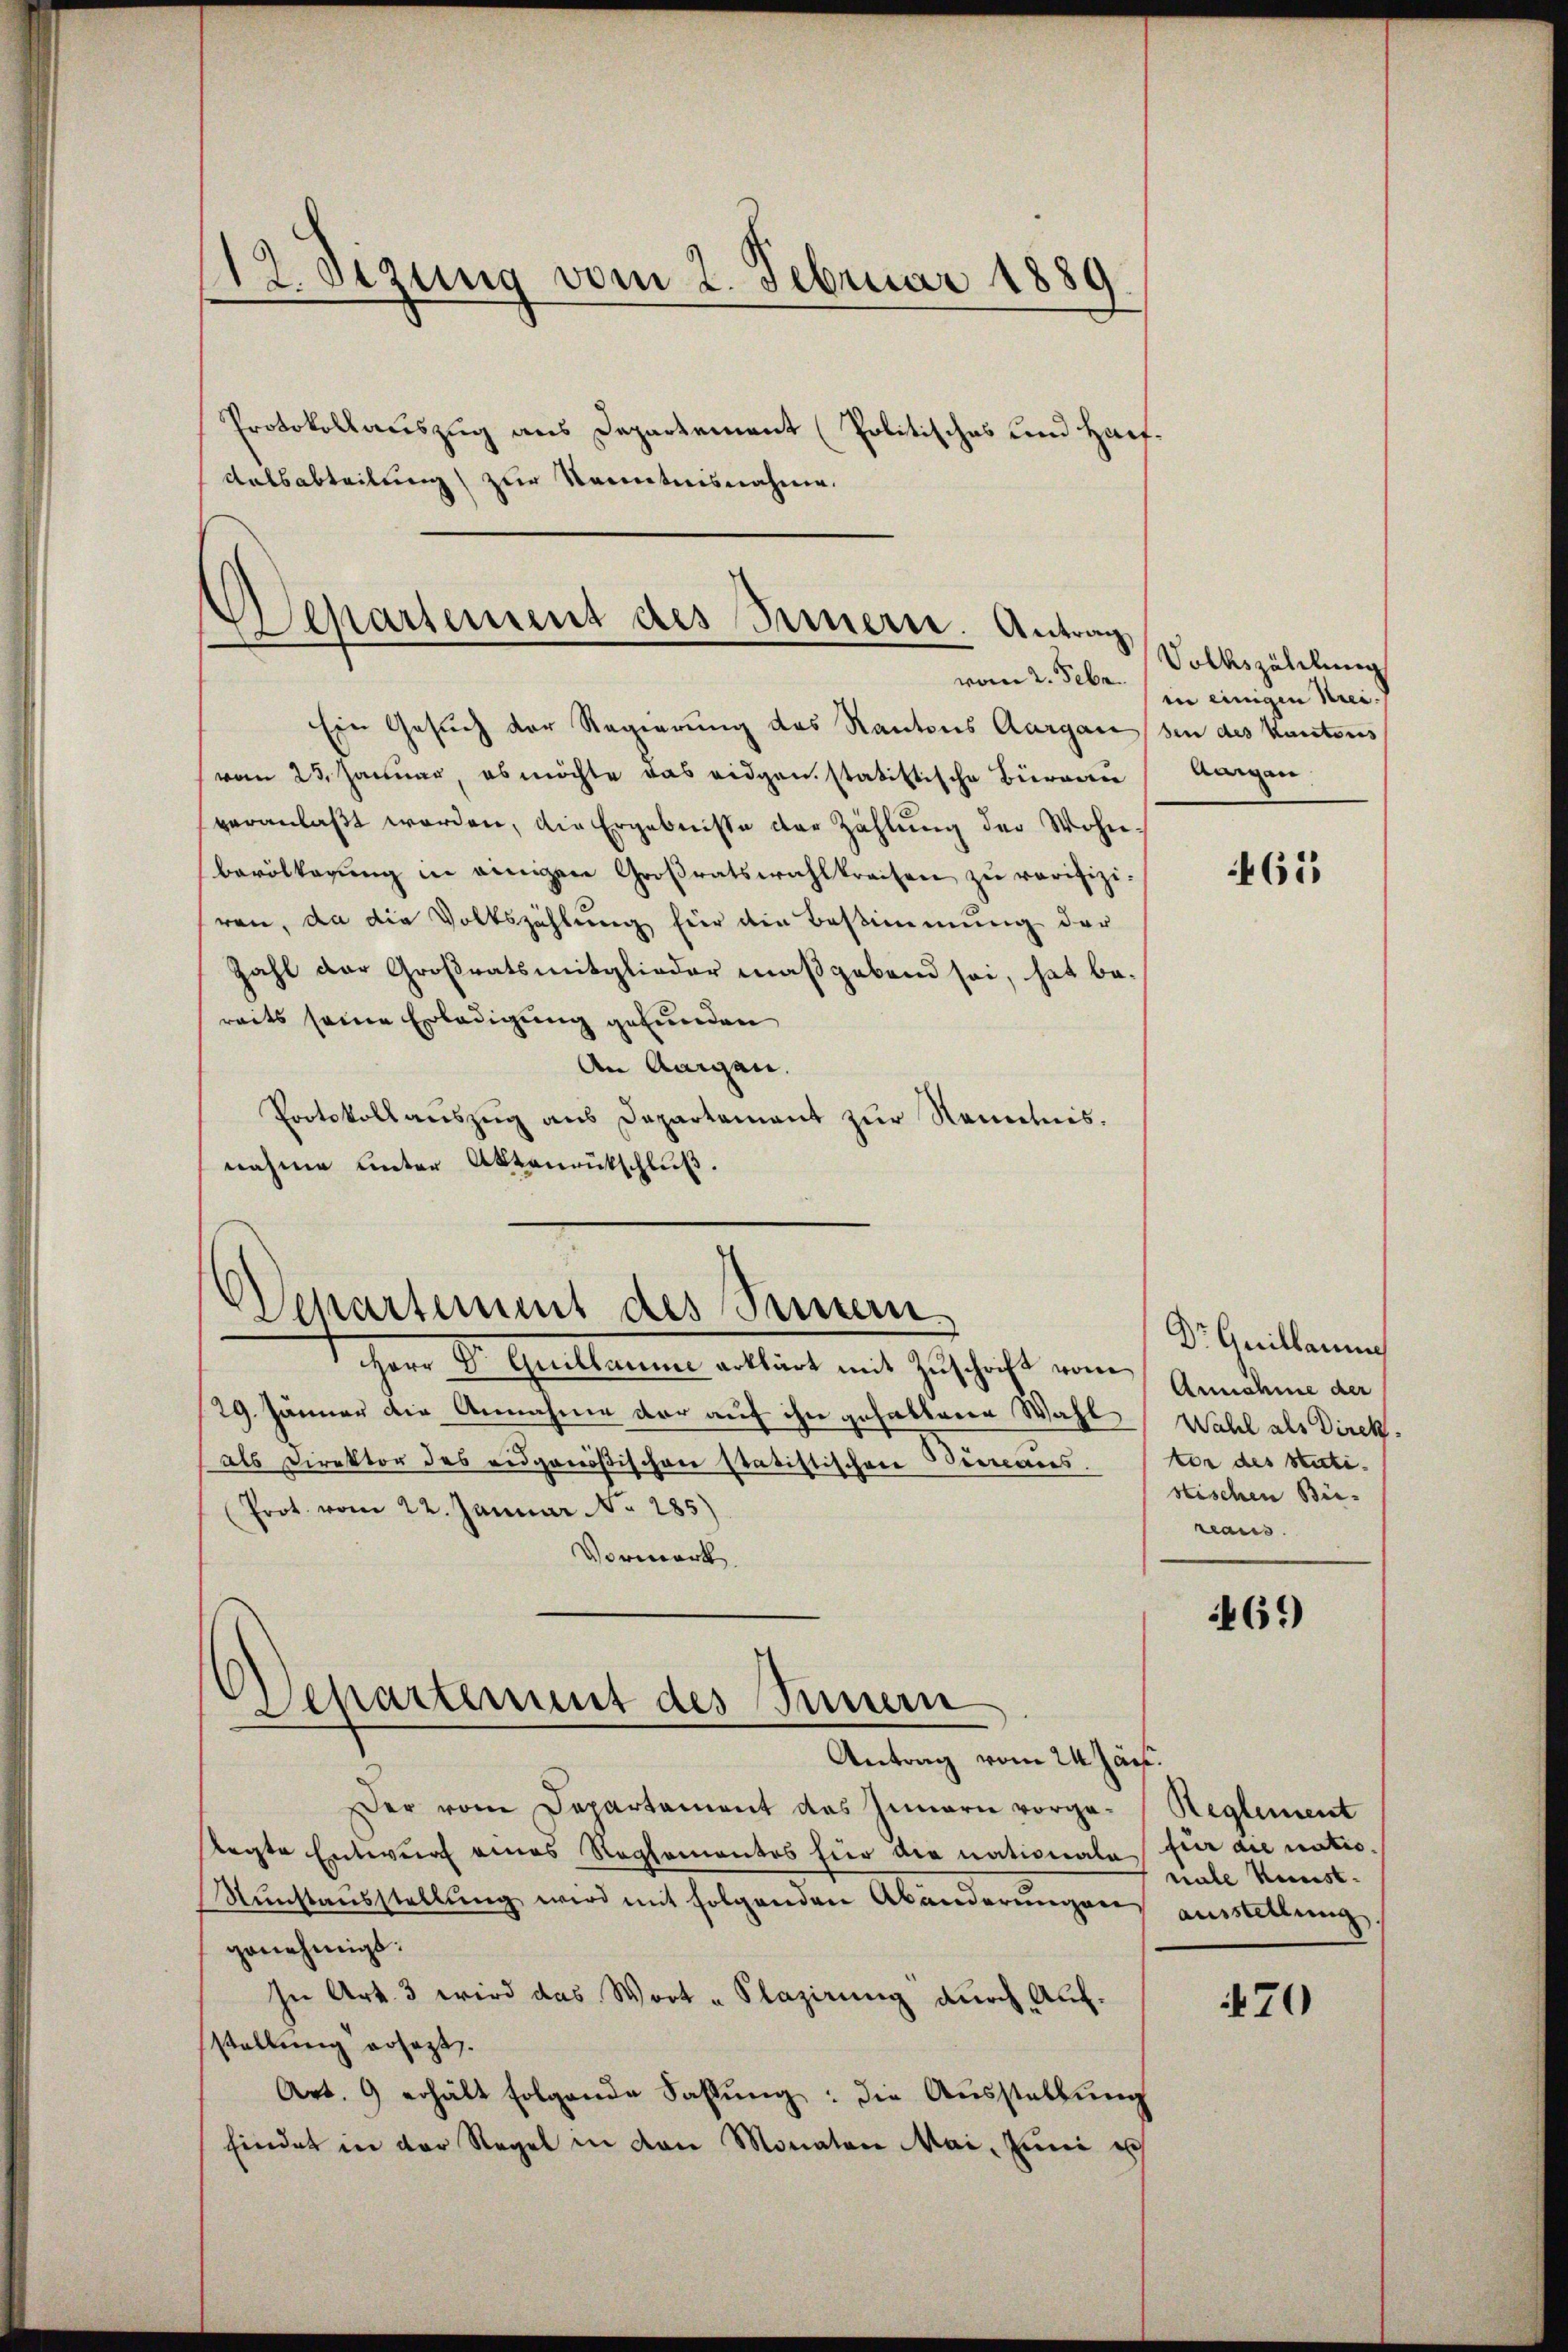
112. Sezung vom 2. Februar 1889
Protokollauszug aus Departement (Politisches und Hauf¬

Tatsabteilung zur Kenntnisnahme.

Separtement des Innern. Antrag
vom 2. Febr.

Ein Gesuch der Regierung des Kantons Aargau den des Kantons
vom 23. Januar, es möchte das eidgen, statistische Büreau
veranlaßt worden, die Ergebnisse der Zahlung der Wohnbevölkerŭng in einigen Großratswahlkreisen zŭ rerifiziren, da die Volkszählung für die Bestimmung der
Zahl der Großratsmitglieder maßgebend sei, hat be-
reits seine Erledigung gefunden
An Aargau.
Protokollauszug aus Departement zur Kenntnis.
nahme unter Aktenrütschluß.

Wepartemmt des Semmern

Departement des Innern

1 Herr D. Quillaume erklärt mit Zuschrift vom
29. Jänner die Annahme der auf ihn gehabtene Wahl
als Direktor des eidgenößischen statistischen Beereaies.
Prot. vom 22. Januar No. 285)
Vormerk.
Antrag vom 24. Jan.
Der vom Departement des Innern vorge¬
Regte Entwurf eines Reglementes hier die nationale für die natio¬
Nunstausstellung wird mit folgenden Abänderungen ausstellung
genehmigt.
In Art. 3 wird das Wort „Klazirung durch Aufstellung ersezt.
Art. 9 erhält folgende Fassung: die Ausstellung
findet in der Regel in den Monaten Mai, Juni ich

Volkszählung
in einigen Krei
Anigen

61

Dr Guillaume
Annahme der
Wahl als Direk
tor des Stietistischen Bie-
reaus.

469

Reglement
nale Kernst.

70